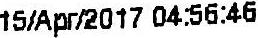
15/APR/2017 04:56:46